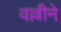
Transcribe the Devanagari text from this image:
वल्लीने